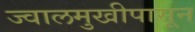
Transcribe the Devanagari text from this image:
ज्वालमुखीपासून